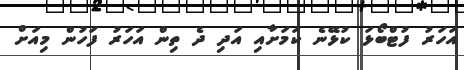
އަހަރު ފުޓްބޯޅަ ކުޅޭނެ ކަމަށާއި އަދި ދެ ތިން އަހަރު ފަހުން މިއަށް